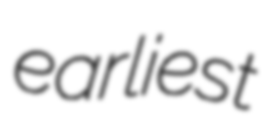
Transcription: earliest